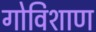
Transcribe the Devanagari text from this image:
गोविशाण